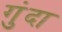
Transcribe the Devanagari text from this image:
गुंदा